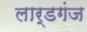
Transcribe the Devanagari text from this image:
लार्डगंज